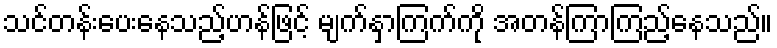
သင်တန်းပေးနေသည့်ဟန်ဖြင့် မျက်နှာကြက်ကို အတန်ကြာကြည့်နေသည်။